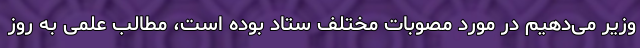
وزیر می‌دهیم در مورد مصوبات مختلف ستاد بوده است، مطالب علمی به روز